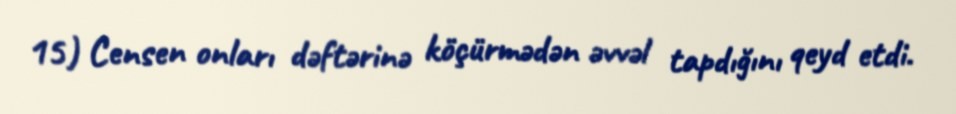
15) Censen onları dəftərinə köçürmədən əvvəl tapdığını qeyd etdi.